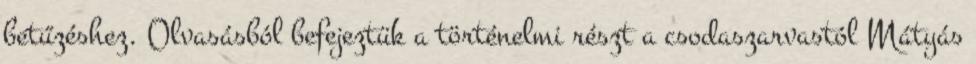
betűzéshez. Olvasásból befejeztük a történelmi részt a csodaszarvastól Mátyás